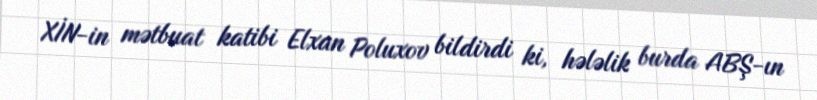
XİN-in mətbuat katibi Elxan Poluxov bildirdi ki, hələlik burda ABŞ-ın